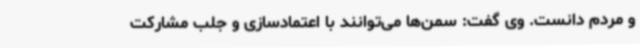
و مردم دانست. وی گفت: سمن‌ها می‌توانند با اعتمادسازی و جلب مشارکت